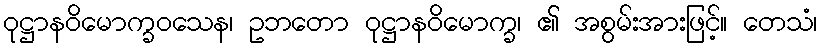
ဝုဋ္ဌာနဝိမောက္ခဝသေန၊ ဥဘတော ဝုဋ္ဌာနဝိမောက္ခ၊ ၏ အစွမ်းအားဖြင့်။ တေသံ၊